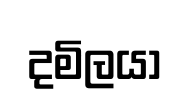
දමිලයා